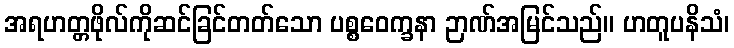
အရဟတ္တဖိုလ်ကိုဆင်ခြင်တတ်သော ပစ္စဝေက္ခနာ ဉာဏ်အမြင်သည်။ ဟတူပနိသံ၊